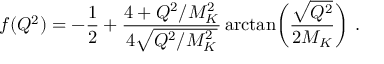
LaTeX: f ( Q ^ { 2 } ) = - \frac { 1 } { 2 } + \frac { 4 + Q ^ { 2 } / M _ { K } ^ { 2 } } { 4 \sqrt { Q ^ { 2 } / M _ { K } ^ { 2 } } } \arctan \biggl ( \frac { \sqrt { Q ^ { 2 } } } { 2 M _ { K } } \biggr ) ~ .